Annual statistical returns and brief notes on vaccination in Bengal - 1909-1929
Year: 1909
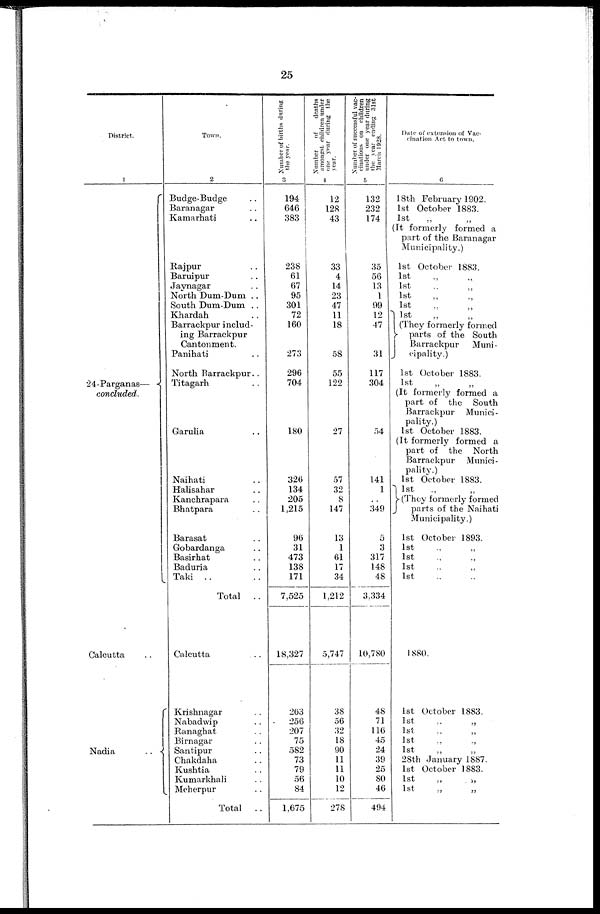
25
District.
1
24-Parganas—
concluded.
Calcutta..
Nadia
..
Town.
2
Budge-Budge..
Baranagar..
Kamarhati..
Rajpur..
Baruipur.. ..
Jaynagar.. ..
North Dum-Dum ..
South Dum-Dum ..
Khardah.. ..
Barrackpur includ-
ing Barrackpur
Cantonment.
Panihati.. ..
North Barrackpur..
Titagarh.. ..
Garulia.. ..
Naihati.. ..
Halisahar.. ..
Kanchrapara.. ..
Bhatpara.. ..
Barasat .. ..
Gobardanga.. ..
Basirhat.. ..
Baduria.. ..
Taki.. ..
Total
..
Calcutta.. ..
Krishnagar.. ..
Nabadwip..
Ranaghat.. ..
Birnagar.. ..
Santipur.. ..
Chakdaha.. ..
Kushtia.. ..
Kumarkhali.. ..
Meherpur.. ..
Total
..
Number of births during
the year.
3
194
646
383
238
61
67
95
301
72
160
273
296
704
180
326
134
205
1,215
96
31
473
138
171
7,525
18,327
263
256
207
75
582
73
79
56
84
1,675
Number
of
deaths
amongst children under
one year during the
year.
4
12
128
43
33
4
14
23
47
11
18
58
55
122
27
57
32
8
147
13
1
61
17
34
1,212
5,747
38
56
32
18
90
11
11
10
12
278
Number of successful vac-
cinations on children
under one year during
the year ending 31st
March 1928.
5
132
232
174
35
56
13
1
99
12
47
31
117
304
54
141
1
..
349
5
3
317
148
48
3,334
10,780
48
71
116
45
24
39
25
80
46
494
Date of extension of Vac-
cination Act to town.
6
18th February 1902.
1st October 1883.
1st „ „
(It formerly formed a
part of the Baranagar
Municipality.)
1st October 1883.
1st „ „
1st „ „
1st „ „
1st „ „
1st „ „
(They formerly formed
parts of the South
Barrackpur
Muni-
cipality.)
1st October 1883.
1st
(It formerly formed a
part of the South
Barrackpur Munici-
pality.)
1st October 1883.
(It formerly formed a
part of the North
Barrackpur Munici-
pality.)
1st October 1883.
1st
„
(They formerly formed
parts of the Naihati
Municipality.)
1st October 1893.
1st „ „
1st „ „
1st „ „
1st „ „
1880.
1st October 1883.
1st „ „
1st „ „
1st „ „
1st „ „
28th January 1887.
1st October 1883.
1st
„
„
1st „ „